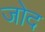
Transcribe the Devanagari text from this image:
जोद